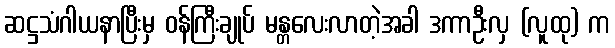
ဆဋ္ဌသံဂါယနာပြီးမှ ဝန်ကြီးချုပ် မန္တလေးလာတဲ့အခါ ဒကာဦးလှ (လူထု) က